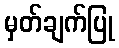
မှတ်ချက်ပြု